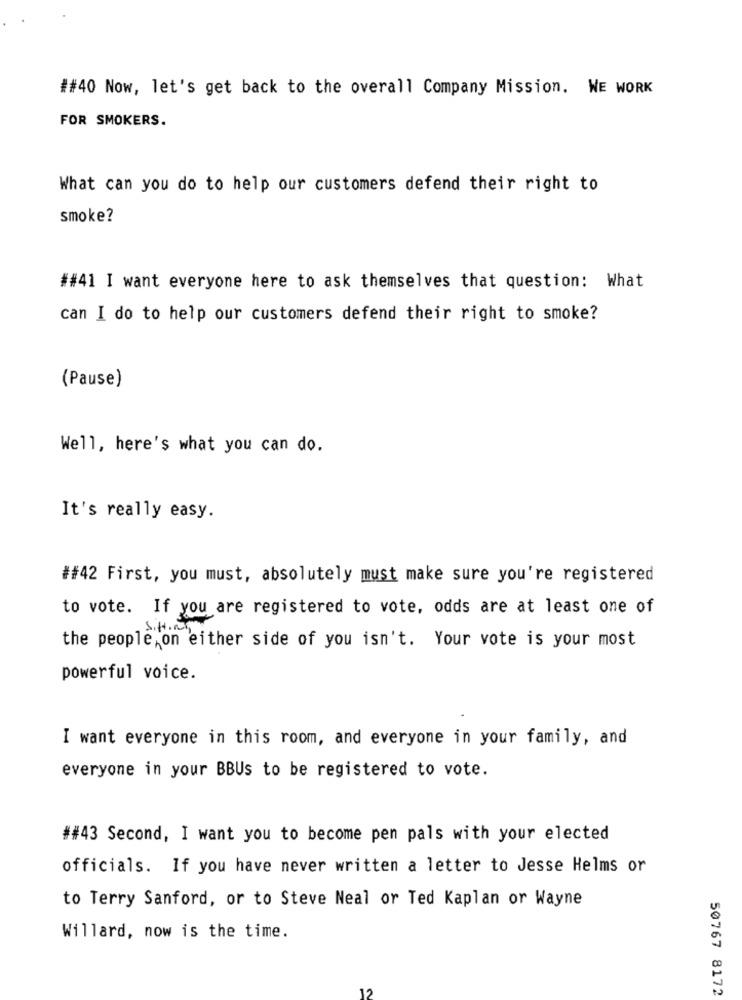
##40 Now, let's get back to the overall Company Mission. WE WORK
FOR SMOKERS.
What can you do to help our customers defend their right to
smoke?
##41 I want everyone here to ask themselves that question: What
can I do to help our customers defend their right to smoke?
(Pause)
Well, here's what you can do.
It's really easy.
##42 First, you must, absolutely must make sure you're registered
to vote. If you are registered to vote, odds are at least one of
Sitting
the people on either side of you isn't. Your vote is your most
powerful voice.
I want everyone in this room, and everyone in your family, and
everyone in your BBUs to be registered to vote.
##43 Second, I want you to become pen pals with your elected
officials. If you have never written a letter to Jesse Helms or
to Terry Sanford, or to Steve Neal or Ted Kaplan or Wayne
Willard, now is the time.
12
50767 8172